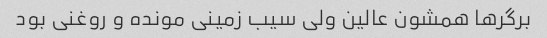
برگرها همشون عالین ولی سیب زمینی مونده و روغنی بود